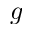
g